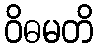
ဝိဓမတိ